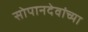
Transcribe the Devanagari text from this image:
सोपानदेवांच्या